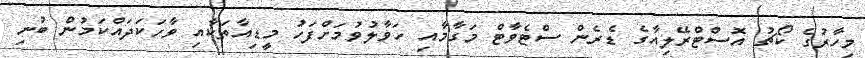
މިހާރުގެ ކޯޗު އޮސްޓްރޭލިއާގެ ޑެރެން ސްޓެވާޓް މަގާމާއި ހަވާލުވުމަށްފަހު މީޑިއާތަކާއި ވާހަކަދައްކަމުން ބުނި